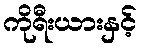
ကိုရီးယားနှင့်